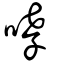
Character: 哮